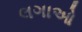
લગાઓ